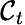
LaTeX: \mathcal{C}_{t}